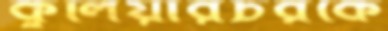
কুলিয়ারচরকে